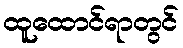
ထူထောင်ရာတွင်